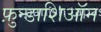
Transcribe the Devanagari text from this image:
फ़ुन्डाशिऑन